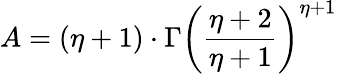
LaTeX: A=(\eta+1)\cdot\Gamma\left(\frac{\eta+2}{\eta+1}\right)^{\eta+1}